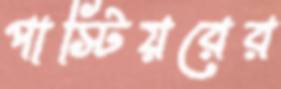
পাস্টিয়রের